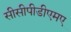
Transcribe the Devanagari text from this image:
सीसीपीडीएमए